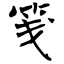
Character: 笺